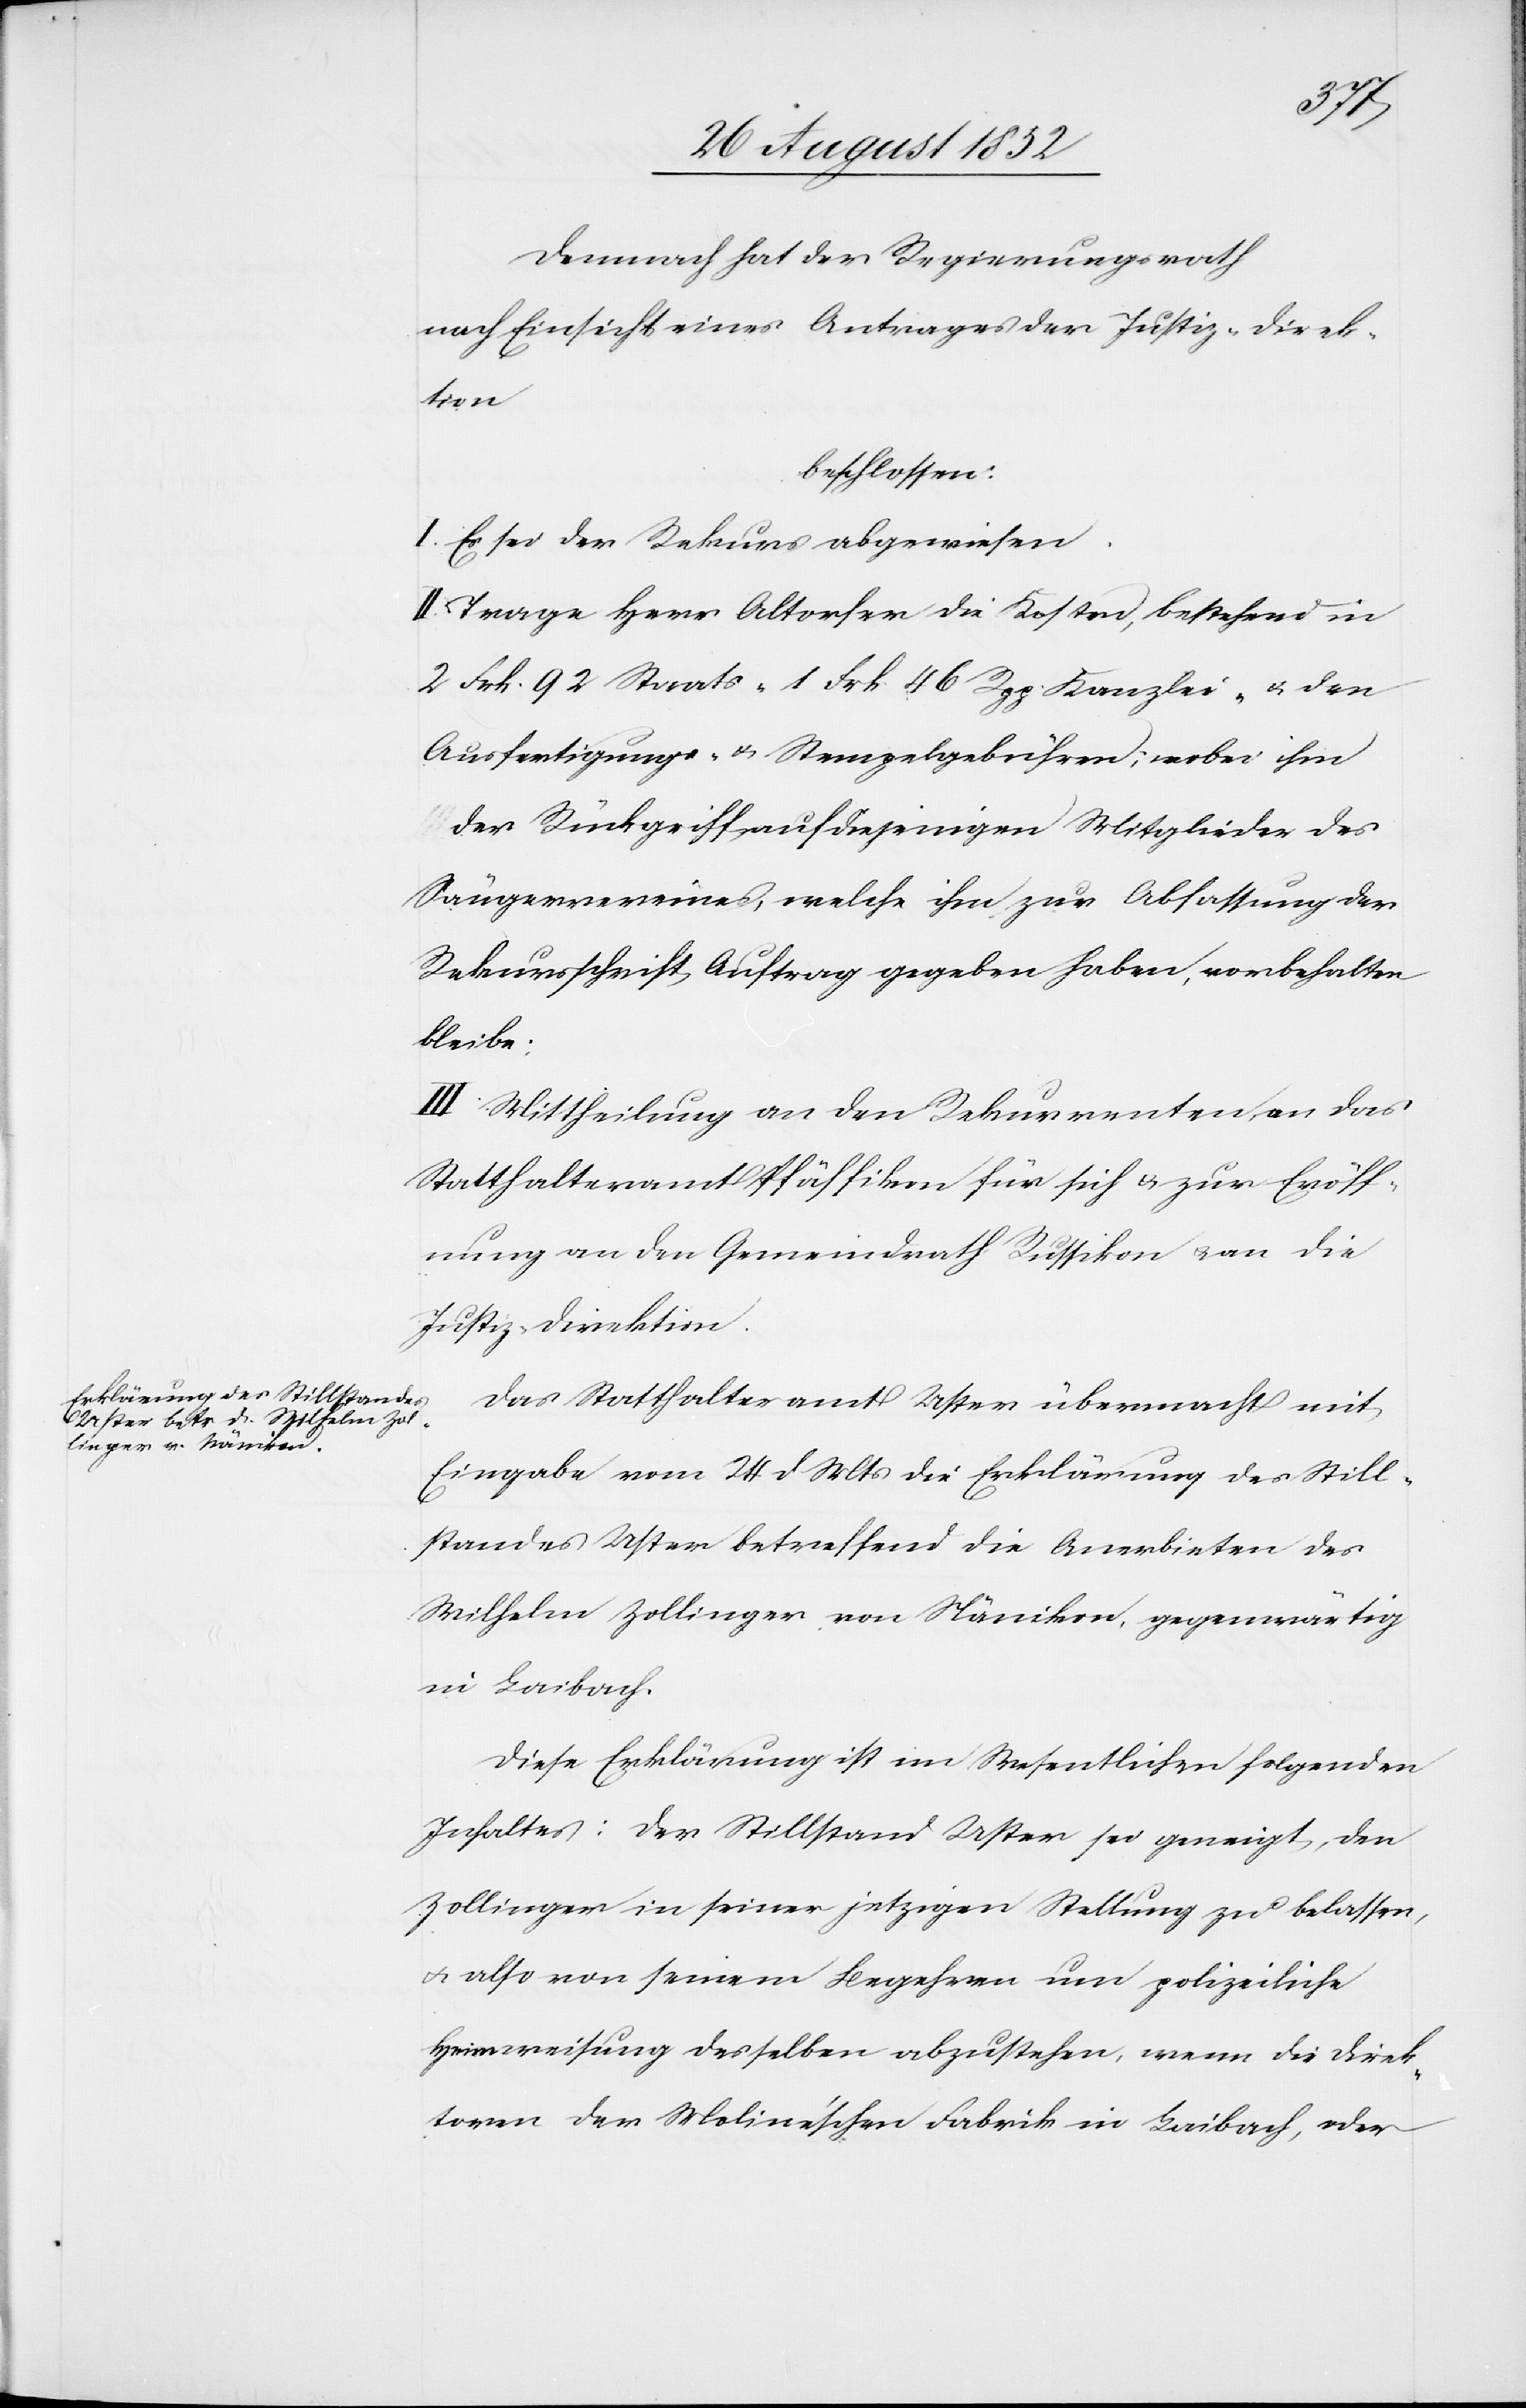
Demnach hat der Regierungsrath
nach Einsicht eines Antrages der Justiz-Direk¬
tion
beschlossen:
I. Es sei der Rekurs abgewiesen.
II. Trage Herr Altorfer die Kosten, bestehend in
2 Frk. 92 Staats-[,] 1 Frk. 46 Rpp. Kanzlei- & den
Ausfertigungs- & Stempelgebühren; wobei ihm
der Rückgriff auf diejenigen Mitglieder des
Sängervereines, welche ihm zur Abfassung der
Rekursschrift Auftrag gegeben haben, vorbehalten
bleibe;
III Mittheilung an den Rekurrenten, an das
Statthalteramt Pfäffikon für sich & zur Eröff¬
nung an den Gemeindrath Russikon & an die
Justiz-Direktion.
Das Statthalteramt Uster übermacht mit
Eingabe vom 24 d Mts die Erklärung des Still¬
standes Uster betreffend die Anerbieten des
Wilhelm Zollinger von Nänikon, gegenwärtig
in Laibach.
Diese Erklärung ist im Wesentlichen folgenden
Inhaltes: Der Stillstand Uster sei geneigt, den
Zollinger in seiner jetzigen Stellung zu belassen,
& also von seinem Begehren um polizeiliche
Heimweisung desselben abzustehen, wenn die Direk¬
toren der Moline’schen Fabrik in Laibach, oder